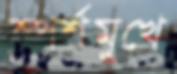
স্পর্শমুখে